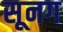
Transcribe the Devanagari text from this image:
सूनग